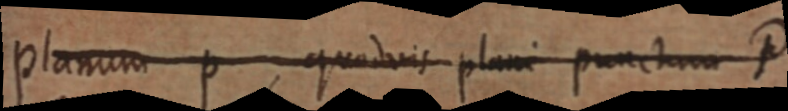
planum p, quodvis plani punctum P